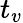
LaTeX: t_{v}